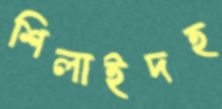
শিলাইদহ